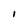
Character: l